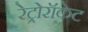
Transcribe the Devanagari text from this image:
रेट्रोरॉकेट